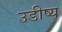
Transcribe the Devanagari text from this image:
उडीष्य